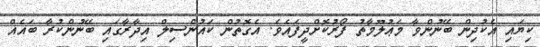
ކިޔައި އެކުދިން ބޭނުންވާ މަޢުލޫމާތު ފޯރުކޮށްދީފައެވެ. އެގޮތުން ކައުންސިލް އިދާރާގައި ބޭނުންކުރާ ބައެއް